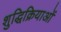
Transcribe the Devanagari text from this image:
शुद्धिक्रियाओं